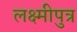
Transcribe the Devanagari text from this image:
लक्ष्मीपुत्र